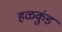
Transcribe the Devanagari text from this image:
हळकुंड